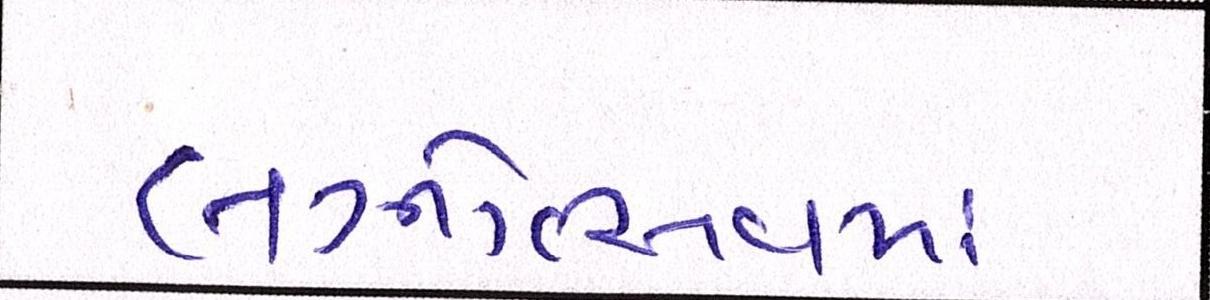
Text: લગ્નોત્સવમાં